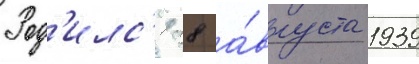
Род'илс'я 28 а́вгуста 1939